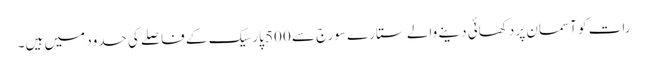
رات کو آسمان پر دکھائی دینے والے ستارے سورج سے 500 پارسیک کے فاصلے کی حدود میں ہیں۔